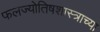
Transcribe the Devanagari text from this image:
फलज्योतिषशास्त्राच्या